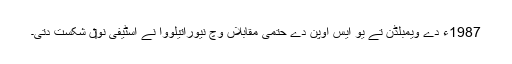
1987ء دے ویمبلڈن تے یو ایس اوپن دے حتمی مقابلاں وچ نیوراتیلووا نے اسٹیفی نو‏‏ں شکست دتی۔